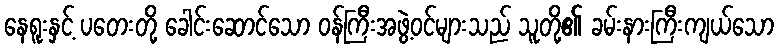
နေရူးနှင့် ပတေးတို့ ခေါင်းဆောင်သော ဝန်ကြီးအဖွဲ့ဝင်များသည် သူတို့၏ ခမ်းနားကြီးကျယ်သော